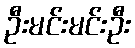
ဦးမင်းမင်းဦး